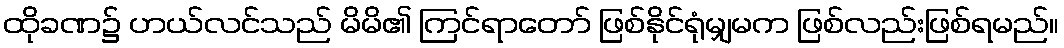
ထိုခဏ၌ ဟယ်လင်သည် မိမိ၏ ကြင်ရာတော် ဖြစ်နိုင်ရုံမျှမက ဖြစ်လည်းဖြစ်ရမည်။